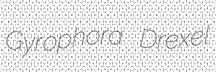
Gyrophora Drexel